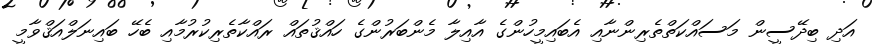
އަދި ބިދޭސީން މަސައްކަތްތެރިންނާއި އެބައިމީހުންގެ އާއިލާ މެންބަރުންގެ ހައްޤުތައް ރައްކާތެރިކުރުމާއި ބެހޭ ބައިނަލްއަޤްވާމީ